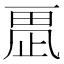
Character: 𣦂